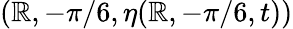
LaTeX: (\mathbb{R},-\pi/6,\eta(\mathbb{R},-\pi/6,t))